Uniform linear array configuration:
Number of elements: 16
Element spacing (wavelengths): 0.75
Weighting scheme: uniform
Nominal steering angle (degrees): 15
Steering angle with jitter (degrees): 14.983
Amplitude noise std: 0.05
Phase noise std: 0.05

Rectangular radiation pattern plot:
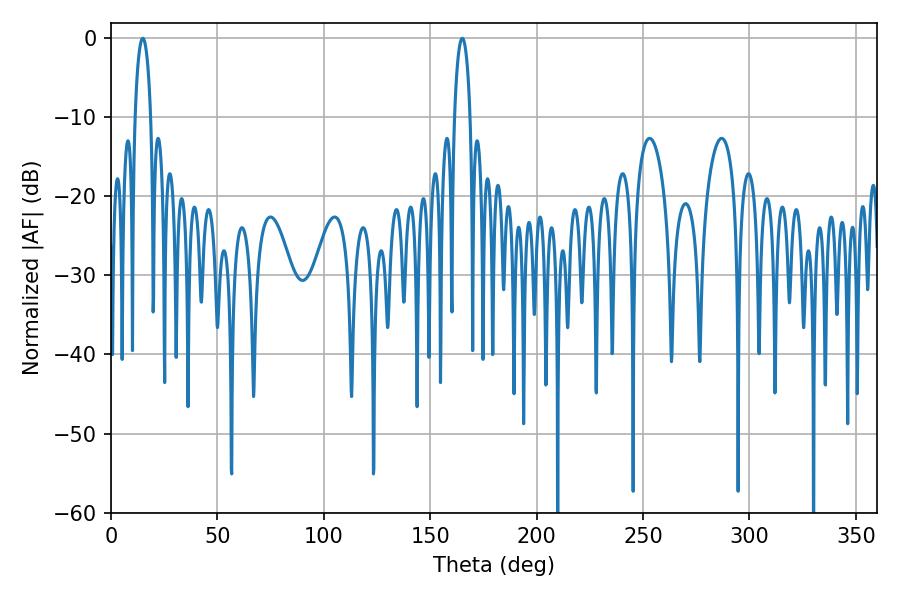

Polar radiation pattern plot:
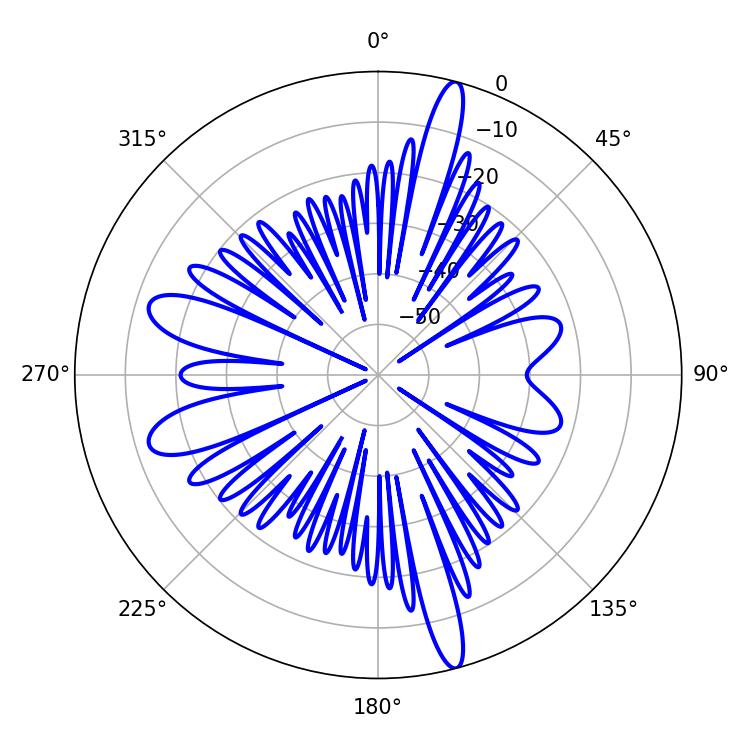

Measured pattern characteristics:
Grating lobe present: TRUE
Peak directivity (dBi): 18.899
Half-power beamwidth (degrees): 4.32
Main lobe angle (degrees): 165.06